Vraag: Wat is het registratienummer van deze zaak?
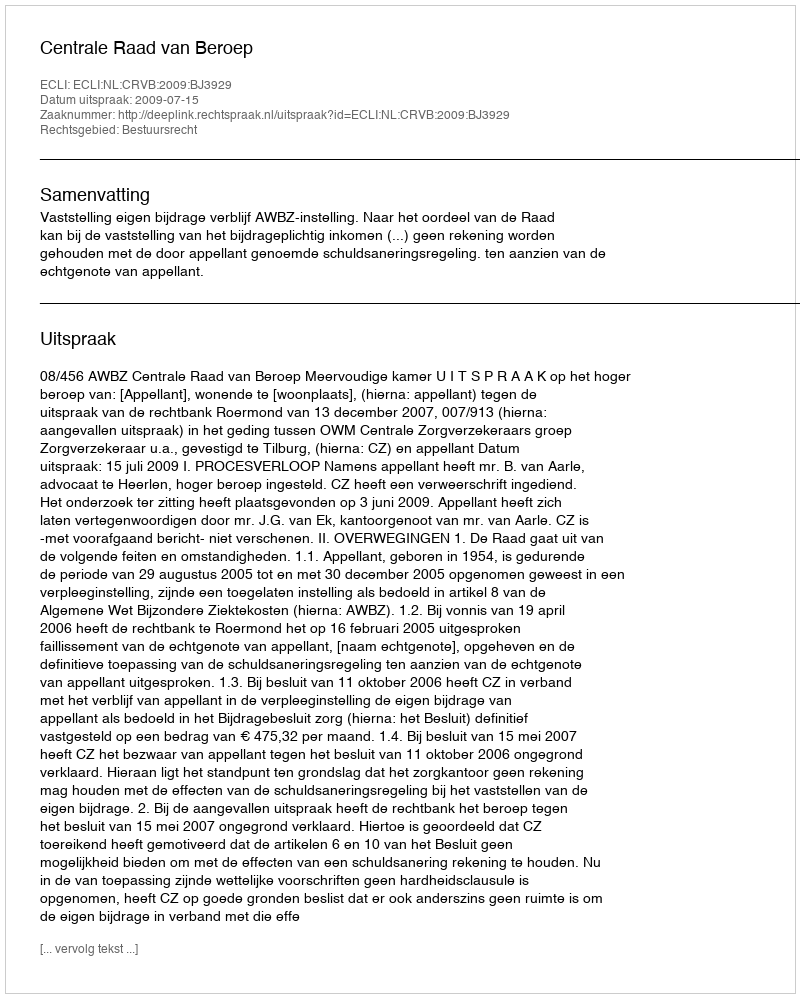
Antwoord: http://deeplink.rechtspraak.nl/uitspraak?id=ECLI:NL:CRVB:2009:BJ3929